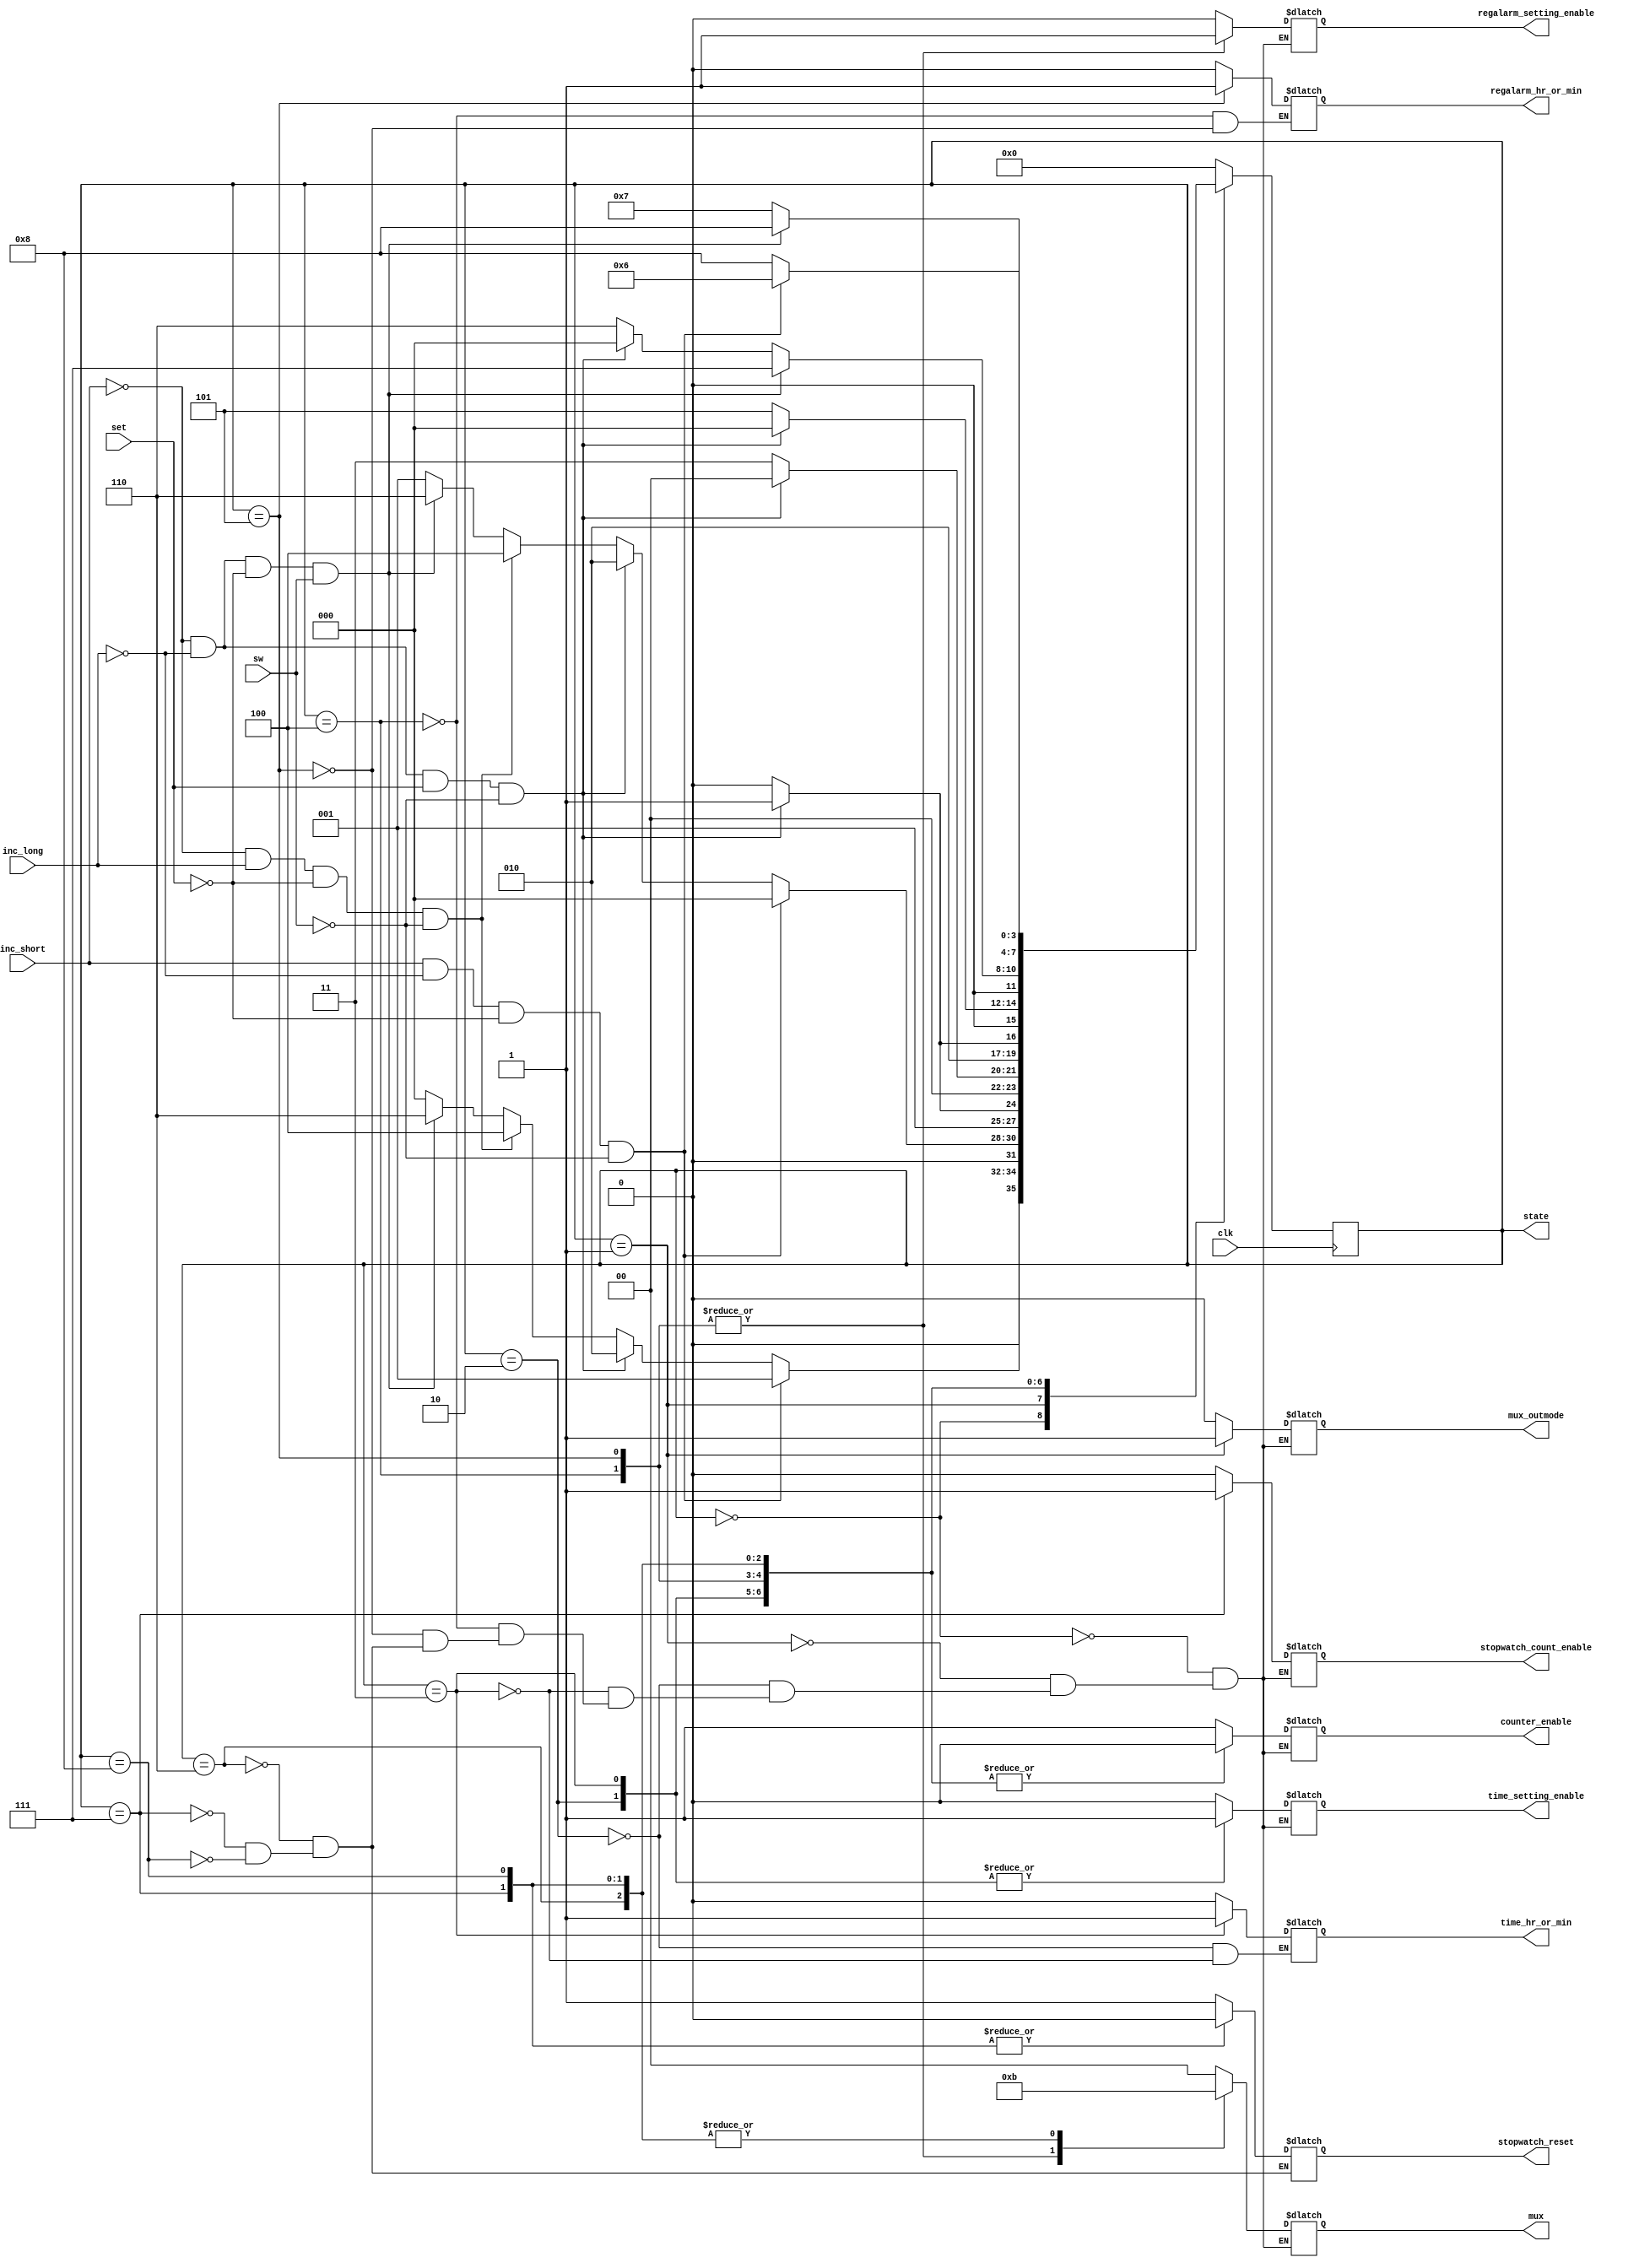
module FSM(
    input clk,
    input inc_short,
    input inc_long,
    input set,
    input sw,

    output reg counter_enable,
    output reg [1:0]mux,
    //mux, choose to display counter or regtime, 
    //[00, counter], [10, regalarm], [11, regstopwatch]
    output reg mux_outmode,
    //tell mux to output hr_min or min_sec
    //[0, hr_min], [1, min_sec]

    output reg time_setting_enable,
    output reg time_hr_or_min,//regtime, to choose mode setting hr0 or min1
    output reg regalarm_setting_enable,
    output reg regalarm_hr_or_min,//regalarm, to choose mode setting hr0 or min1
    output reg stopwatch_count_enable,
    output reg stopwatch_reset,
    output reg [3:0] state
);

parameter hr_min = 0, min_sec = 1, set_hr = 2, set_min = 3, set_alarm_hr = 4, set_alarm_min = 5,
    stopwatch_idle = 6, stopwatch_start = 7, stopwatch_pause = 8;

reg [3:0] stateNext;

initial begin
    
    stateNext = hr_min;

end


always @(posedge clk) begin

    state <= stateNext;

end

always @(state, inc_short, inc_long, set, sw) begin

    case (state) 

        hr_min: begin
            counter_enable <= 1;
            mux_outmode <= 0;
            mux <= 2'b00;
            time_setting_enable <= 0;
            regalarm_setting_enable <= 0;
            stopwatch_count_enable <= 0;
            stateNext = hr_min;
            if (inc_short == 1 && inc_long == 0 && set == 0 && sw == 0) stateNext = min_sec;
            else if (inc_short == 0 && inc_long == 0 && set == 1 && sw == 0) stateNext = set_hr;
            else if (inc_short == 0 && inc_long == 1 && set == 0 && sw == 0) stateNext = set_alarm_hr;
            else if (inc_short == 0 && inc_long == 0 && set == 0 && sw == 1) stateNext = stopwatch_idle;
        end

        min_sec: begin
            counter_enable <= 1;
            mux_outmode <= 1;
            mux <= 2'b00;
            time_setting_enable <= 0;
            regalarm_setting_enable <= 0;
            stopwatch_count_enable <= 0;
            stateNext = min_sec;
            if (inc_short == 1 && inc_long == 0 && set == 0 && sw == 0) stateNext = hr_min;
            else if (inc_short == 0 && inc_long == 0 && set == 1 && sw == 0) stateNext = set_hr;
            else if (inc_short == 0 && inc_long == 1 && set == 0 && sw == 0) stateNext = set_alarm_hr;
            else if (inc_short == 0 && inc_long == 0 && set == 0 && sw == 1) stateNext = stopwatch_idle;
        end

        set_hr: begin
            counter_enable <= 0;
            mux_outmode <= 0;
            mux <= 2'b00;
            time_setting_enable <= 1;
            time_hr_or_min <= 0;
            regalarm_setting_enable <= 0;
            stopwatch_count_enable <= 0;
            stateNext = set_hr;
            if (inc_short == 0 && inc_long == 0 && set == 1 && sw == 0) stateNext = set_min;
        end

        set_min: begin
            counter_enable <= 0;
            mux_outmode <= 0;
            mux <= 2'b00;
            time_setting_enable <= 1;
            time_hr_or_min <= 1;
            regalarm_setting_enable <= 0;
            stopwatch_count_enable <= 0;
            stateNext = set_min;
            if (inc_short == 0 && inc_long == 0 && set == 1 && sw == 0) stateNext = hr_min;
        end

        set_alarm_hr: begin
            counter_enable <= 0;
            mux_outmode <= 0;
            mux <= 2'b10;
            time_setting_enable <= 0;
            regalarm_setting_enable <= 1;
            regalarm_hr_or_min <= 0;
            stopwatch_count_enable <= 0;
            stateNext = set_alarm_hr;
            if (inc_short == 0 && inc_long == 0 && set == 1 && sw == 0) stateNext = set_alarm_min;
        end

        set_alarm_min: begin
            counter_enable <= 0;
            mux_outmode <= 0;
            mux <= 2'b10;
            time_setting_enable <= 0;
            regalarm_setting_enable <= 1;
            regalarm_hr_or_min <= 1;
            stopwatch_count_enable <= 0;
            stateNext = set_alarm_min;
            if (inc_short == 0 && inc_long == 0 && set == 1 && sw == 0) stateNext = hr_min;
        end

        stopwatch_idle: begin
            counter_enable <= 0;
            mux_outmode <= 0;
            mux <= 2'b11;
            time_setting_enable <= 0;
            regalarm_setting_enable <= 0;
            stopwatch_count_enable <= 0;
            stopwatch_reset <= 1;
            stateNext = stopwatch_idle;
            if (inc_short == 0 && inc_long == 0 && set == 0 && sw == 1) stateNext = stopwatch_start;
            else if (inc_short == 0 && inc_long == 0 && set == 1 && sw == 0) stateNext = hr_min;
        end

        stopwatch_start: begin
            counter_enable <= 0;
            mux_outmode <= 0;
            mux <= 2'b11;
            time_setting_enable <= 0;
            regalarm_setting_enable <= 0;
            stopwatch_count_enable <= 1;
            stopwatch_reset <= 0;
            stateNext = stopwatch_start;
            if (inc_short == 0 && inc_long == 0 && set == 0 && sw == 1) stateNext = stopwatch_pause;
        end

        stopwatch_pause: begin
            counter_enable <= 0;
            mux_outmode <= 0;
            mux <= 2'b11;
            time_setting_enable <= 0;
            regalarm_setting_enable <= 0;
            stopwatch_count_enable <= 0;
            stopwatch_reset <= 0;
            stateNext = stopwatch_pause;
            if (inc_short == 1 && inc_long == 0 && set == 0 && sw == 0) stateNext = stopwatch_idle;
        end
        
        default: begin
            stateNext = hr_min;
        end

    endcase

end

endmodule